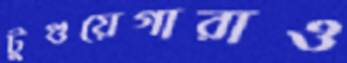
টুগুয়েগারাও